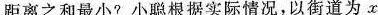
距离之和最小?小聪根据实际情况，以街道为x